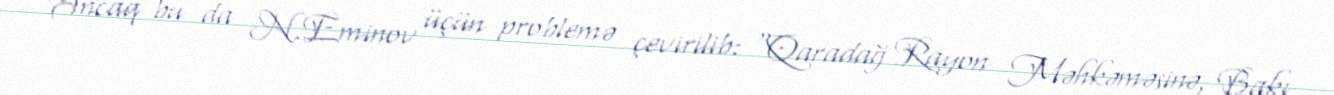
Ancaq bu da N.Eminov üçün problemə çevirilib: “Qaradağ Rayon Məhkəməsinə, Bakı